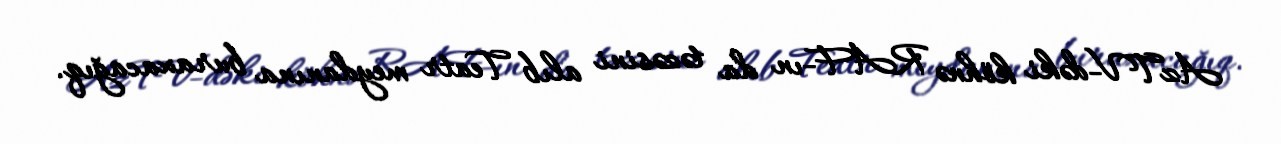
AzTV-dəki köhnə RAF-ın da təzəsini alıb Teatr meydanına buraxacağıq.